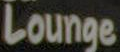
Lounge